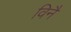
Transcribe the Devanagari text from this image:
विनै